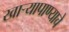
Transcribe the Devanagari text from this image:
खार्‍यापाण्याचे